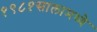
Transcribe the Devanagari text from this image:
१९८१सालामध्ये